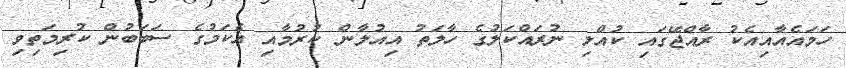
ހަމައެއާއިއެކު ރާއްޖޭގައި ކުއްލި ނުރައްކަލުގެ ހާލަތު އިއުލާން ކުރުމާއި އެކަމުގެ ސަބަބުން ކުރިމަތިވި